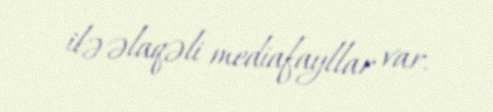
ilə əlaqəli mediafayllar var.